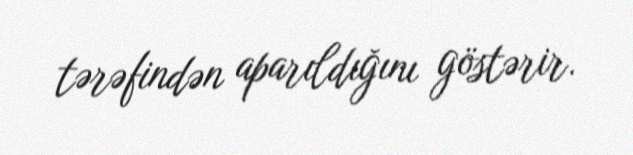
tərəfindən aparıldığını göstərir.